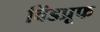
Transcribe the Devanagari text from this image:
विंडप्रूफ